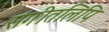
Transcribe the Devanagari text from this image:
संगीतलिपि